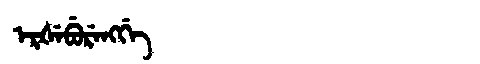
Manchu: ᡝᡵᡧᡝᠪᡠᡵᡝᠩᡤᡝ
Romanization: ERŠEBURENGGE